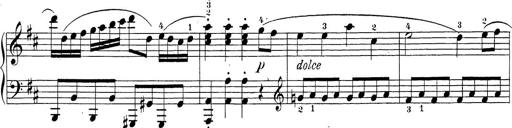
Title: Sonatina Album
Composer: Louis KÃ¶hler